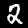
Label: 2